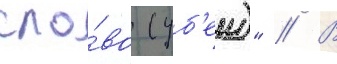
сло́во (уб'еи)" // В